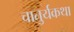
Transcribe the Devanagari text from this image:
चातुर्यकथा